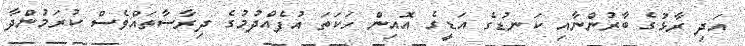
އަދި ރާޅުގެ ބާރުންނާއި ކަނޑުގެ އަޑީގެ އޮއިން ހަކަތަ އުފެއްދުމުގެ ދިރާސާތައްވެސް ކުރަމުންދާ